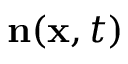
\mathbf { n } ( \mathbf { x } , t )